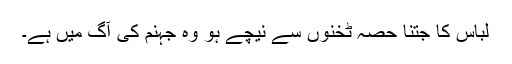
لباس کا جتنا حصہ ٹخنوں سے نیچے ہو وہ جہنم کی آگ میں ہے۔